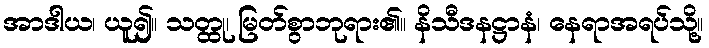
အာဒါယ၊ ယူ၍။ သတ္ထု၊ မြတ်စွာဘုရား၏။ နိသီဒနဋ္ဌာနံ၊ နေရာအရပ်သို့။